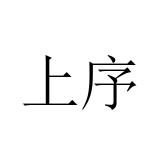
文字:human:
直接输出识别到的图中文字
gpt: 上序